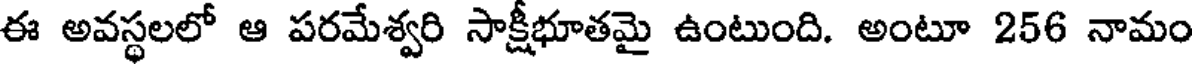
ఈ అవస్థలలో ఆ పరమేశ్వరి సాక్షీభూతమై ఉంటుంది. అంటూ 256 నామం